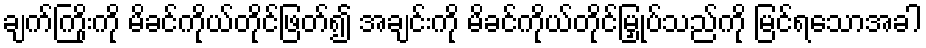
ချက်ကြိုးကို မိခင်ကိုယ်တိုင်ဖြတ်၍ အချင်းကို မိခင်ကိုယ်တိုင်မြှုပ်သည်ကို မြင်ရသောအခါ